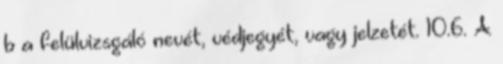
b a felülvizsgáló nevét, védjegyét, vagy jelzetét. 10.6. A